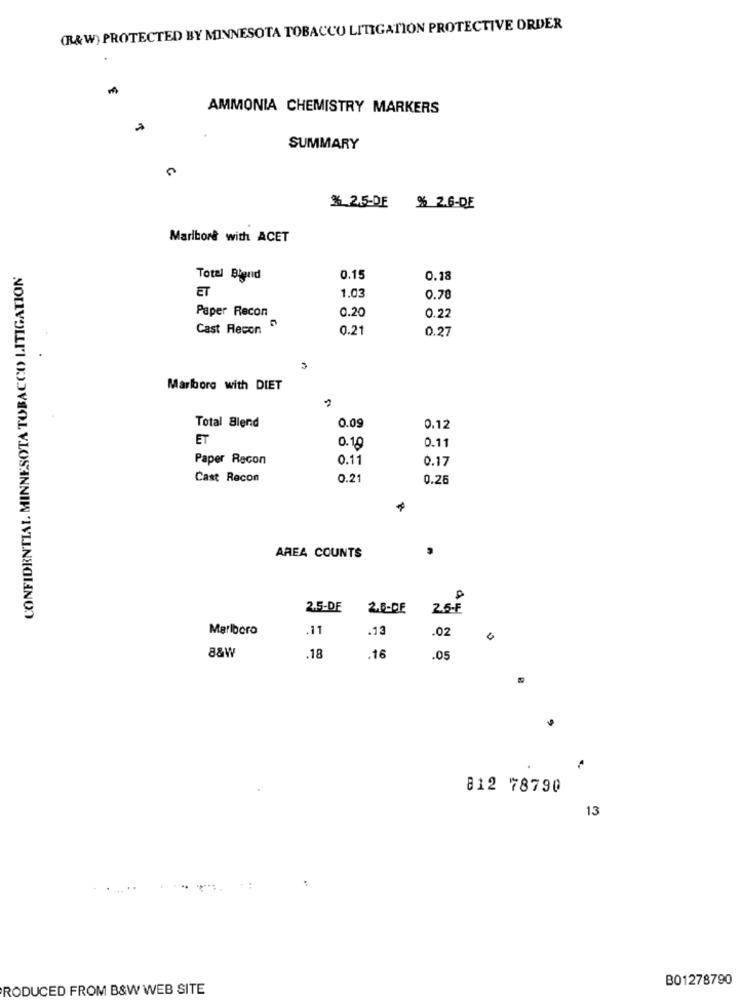
(R&W) PROTECTED BY MINNESOTA TOBACCO LITIGATION PROTECTIVE ORDER
AMMONIA CHEMISTRY MARKERS
SUMMARY
$ 2.5-DE
% 2.6-DE
Marlbor& with ACET
CONFIDENTIAL MINNESOTA TOBACCO LITIGATION
Total Blend
0.15
0.18
ET
1.03
0.78
Paper Recon
0.20
0.22
Cast Recon "
0.21
0.27
3
Marlboro with DIET
Total Blend
0.09
0.12
ET
0.19
0.11
Paper Recon
0.11
0.17
Cast Recon
0.2
0.25
AREA COUNTS
2.5-DE
2.6-DE
2.6-F
Marlboro
.11
.13
.02
0
8&W
.18
.16
.05
812 78790
13
B01278790
PRODUCED FROM B&W WEB SITE